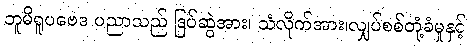
ဘူမိရူပဗေဒ ပညာသည် ဒြပ်ဆွဲအား၊ သံလိုက်အား၊လျှပ်စစ်တုံ့ခံမှုနှင့်